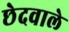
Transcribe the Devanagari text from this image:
छेदवाले